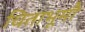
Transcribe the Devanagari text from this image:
चिताभूमौ